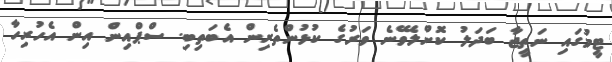
ޓީމުގައި ނަތީޖާ ބަދަލު ކޮށްލެވޭނެ ވަރުގެ ކުޅުންތެރިން އެބަތިބި. ސްޕްއިން އިން އެހުރިހާ